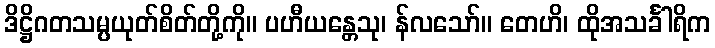
ဒိဋ္ဌိဂတသမ္ပယုတ်စိတ်တို့ကို။ ပဟီယန္တေသု၊ န်လသော်။ တေဟိ၊ ထိုအသင်္ခါရိက